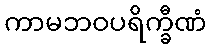
ကာမဘဝပရိက္ခီဏံ